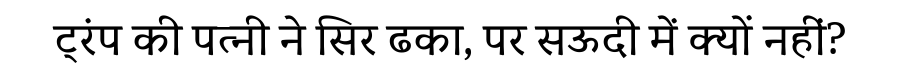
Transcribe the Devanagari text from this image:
ट्रंप की पत्नी ने सिर ढका, पर सऊदी में क्यों नहीं?